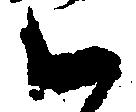
く